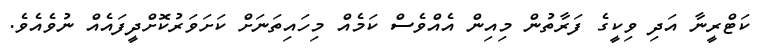
ކަޓްރީނާ އަދި ވިކީގެ ފަރާތުން މިއިން އެއްވެސް ކަމެއް މިހައިތަނަށް ކަށަވަރުކޮށްދީފައެއް ނުވެއެވެ.